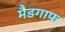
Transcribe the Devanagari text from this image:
मैडगाफ